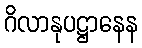
ဂိလာနုပဋ္ဌာနေန